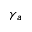
\gamma _ { a }